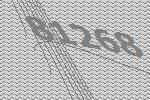
81268